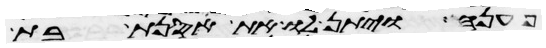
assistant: פענה ויתן לו את אסנת בת